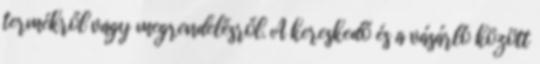
termékről vagy megrendelésről. A kereskedő és a vásárló között